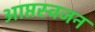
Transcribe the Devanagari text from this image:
आप्तस्वजन